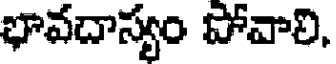
భావదాస్యం పోవాలి,